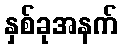
နှစ်ခုအနက်